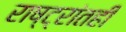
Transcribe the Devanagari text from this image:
राष्ट्रांतही